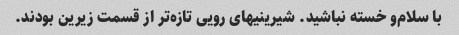
با سلام‌و خسته نباشید. شیرینیهای رویی تازه‌تر از قسمت زیرین بودند.